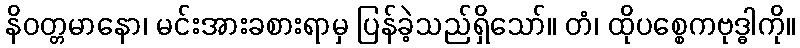
နိဝတ္တမာနော၊ မင်းအားခစားရာမှ ပြန်ခဲ့သည်ရှိသော်။ တံ၊ ထိုပစ္စေကဗုဒ္ဓါကို။